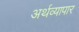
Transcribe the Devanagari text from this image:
अर्थव्यापार